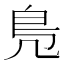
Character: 鳬